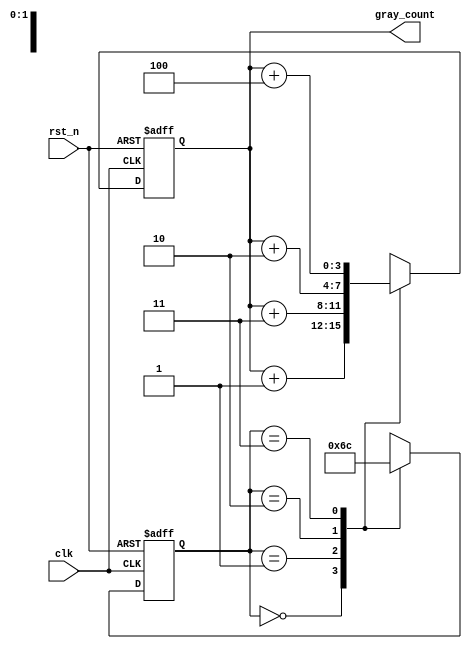
module gray_counter (
    input wire clk,
    input wire rst_n,
    output wire [3:0] gray_count
);

reg [3:0] count_reg;
reg [1:0] state;

always @(posedge clk or negedge rst_n) begin
    if (~rst_n) begin
        count_reg <= 4'b0000;
        state <= 2'b00;
    end else begin
        case (state)
            2'b00: begin
                count_reg <= count_reg + 4'b0001;
                state <= 2'b01;
            end
            2'b01: begin
                count_reg <= count_reg + 4'b0011;
                state <= 2'b10;
            end
            2'b10: begin
                count_reg <= count_reg + 4'b0010;
                state <= 2'b11;
            end
            2'b11: begin
                count_reg <= count_reg + 4'b0100;
                state <= 2'b00;
            end
        endcase
    end
end

assign gray_count = count_reg;

endmodule